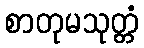
စာတုမသုတ္တံ